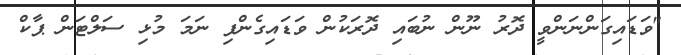
"ވަޑައިގަންނަންވީ ދޮރު ނޫން ނުބައި ދޮރަކުން ވަޑައިގެންފި ނަމަ މުޅި ސަލްޓަން ޕާކް